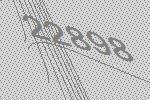
22898